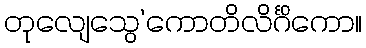
တုလျေသွေ’ကောတိလိင်္ဂိကော။